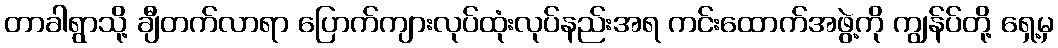
တာခါရွာသို့ ချီတက်လာရာ ပြောက်ကျားလုပ်ထုံးလုပ်နည်းအရ ကင်းထောက်အဖွဲ့ကို ကျွန်ပ်တို့ ရှေ့မှ